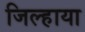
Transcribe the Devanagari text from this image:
जिल्हाया